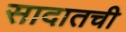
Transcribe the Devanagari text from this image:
सादातची